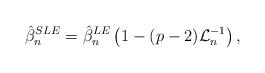
LaTeX: \begin{align*}\hat{\beta}_n^{SLE} = \hat{\beta}_n^{LE} \left(1-(p-2) \mathcal{L}_n^{-1}\right),\end{align*}